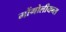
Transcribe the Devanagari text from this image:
मोंगोलीयन्स